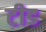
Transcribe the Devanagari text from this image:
टीड